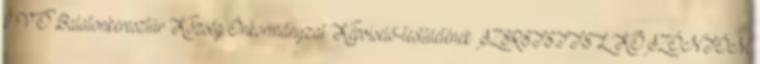
Í V Ó Balatonkeresztúr Község Önkormányzat Képviselő-testületének SZERETETTEL KÖSZÖNTÖM